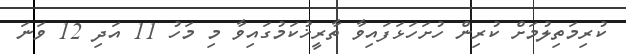
ކުރިމަތިލުމަށް ކުރިން ހުށަހަޅަފައިވާ ތާރީޚުކަމުގައިވާ މި މަހު 11 އަދި 12 ވަނަ